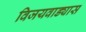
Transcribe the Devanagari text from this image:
विजयवाड्यास